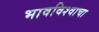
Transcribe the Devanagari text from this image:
भावविश्‍वाचा